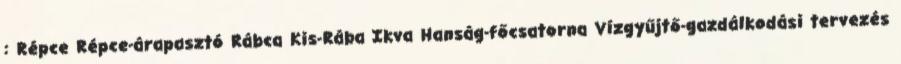
: Répce Répce-árapasztó Rábca Kis-Rába Ikva Hanság-főcsatorna Vízgyűjtő-gazdálkodási tervezés